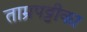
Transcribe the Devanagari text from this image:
ताम्रपट्टीका